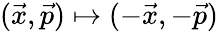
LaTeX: (\vec{x},\vec{p})\mapsto(-\vec{x},-\vec{p})